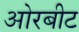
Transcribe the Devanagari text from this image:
ओरबीट